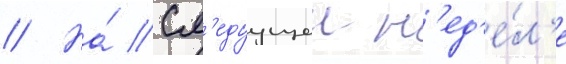
// На́ сл'едуущеи н'ед'е́л'е